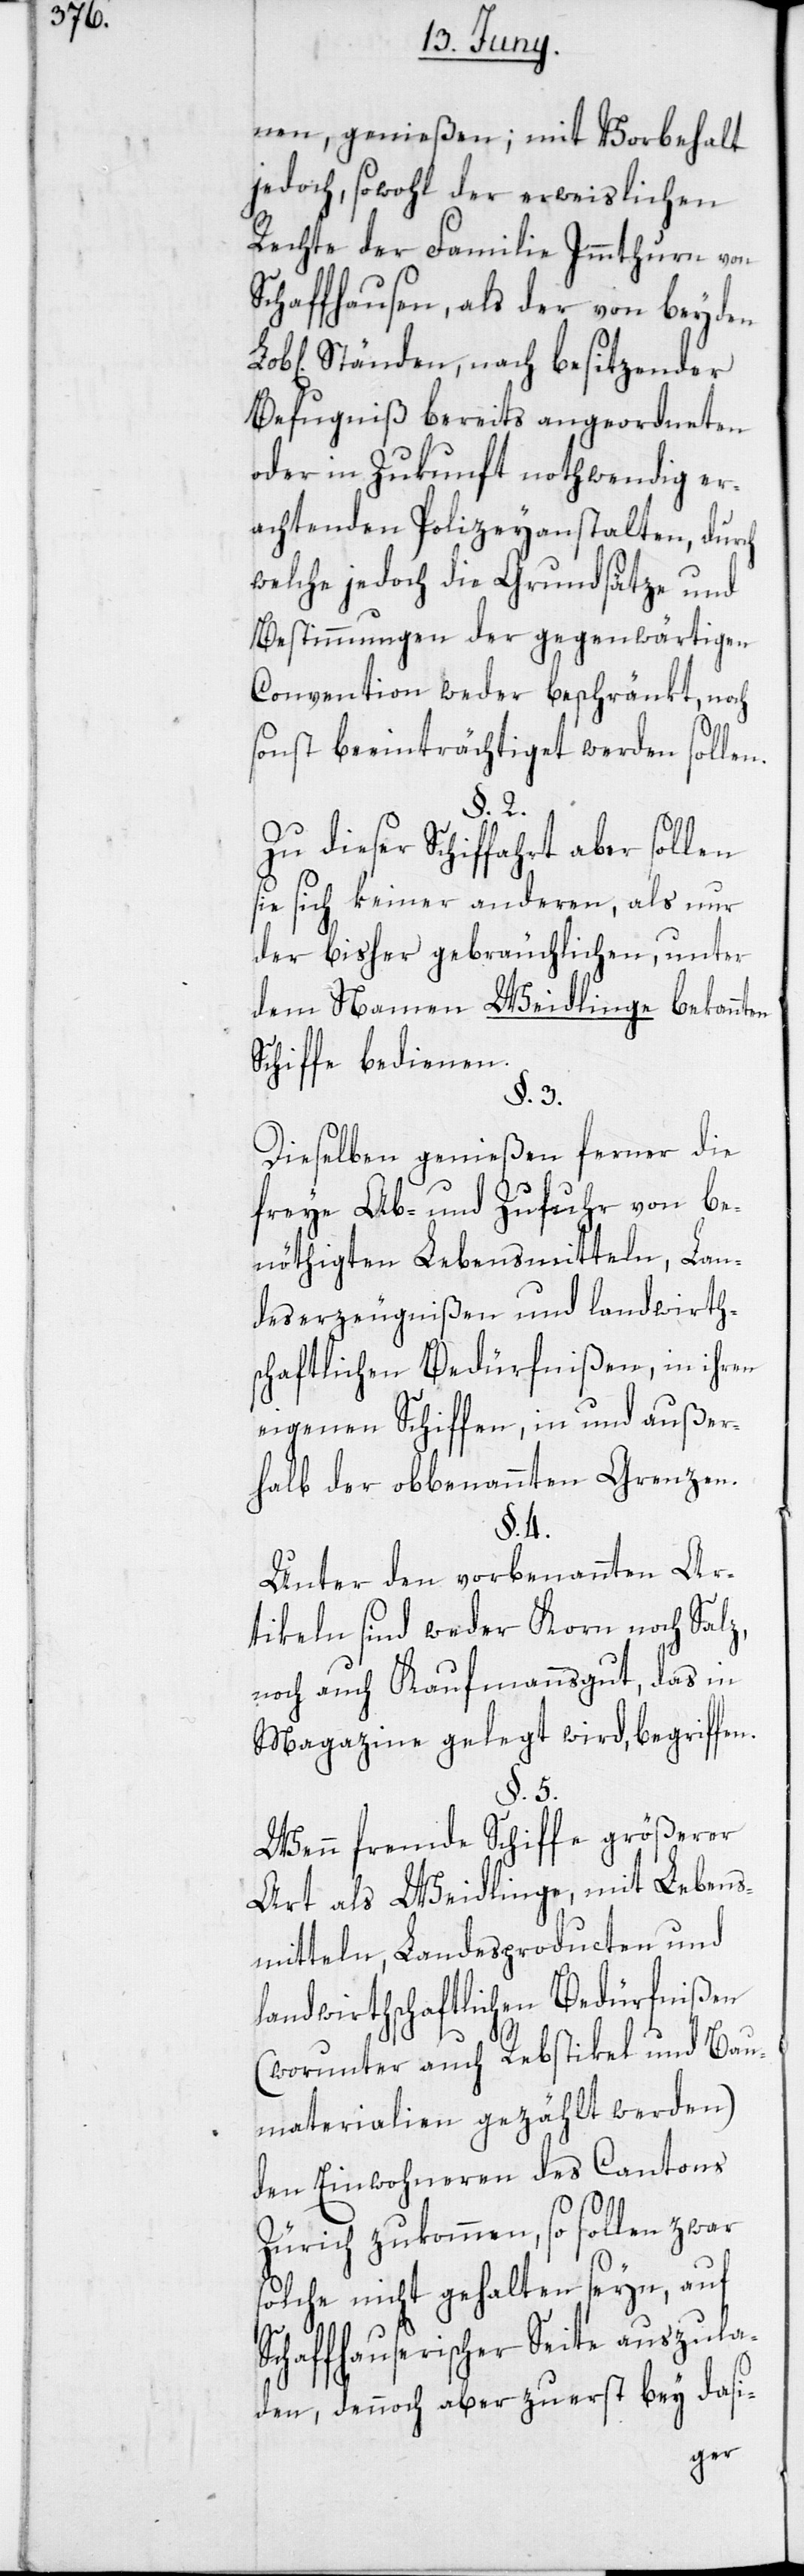
nen, genießen; mit Vorbehalt
jedoch, sowohl der erweislichen
Rechte der Familie Immthurn von
Schaffhausen, als der von beyden
Ständen, nach besitzender
Befugniß bereits angeordneten
oder in Zukunft nothwendig er¬
achtenden Polizeyanstalten, durch
welche jedoch die Grundsätze und
Bestimmungen der gegenwärtigen
Convention weder beschränkt, noch
sonst beeinträchtiget werden sollen.
§. 2.
Zu dieser Schiffahrt aber sollen
sie sich keiner anderen, als nur
der bisher gebräuchlichen, unter
dem Namen Weidlinge bekannten
Schiffe bedienen.
§. 3.
Dieselben genießen ferner die
freye Ab- und Zufuhr von be¬
nöthigten Lebensmitteln, Lan¬
deserzeugnißen und landwirth¬
schaftlichen Bedürfnißen, in ihren
eigenen Schiffen, in und außer¬
halb der obbenannten Grenzen.
§. 4.
Unter den vorbenannten Ar¬
tikeln sind weder Korn noch Salz,
noch auch Kaufmannsgut, das in
Magazine gelegt wird, begriffen.
§. 5.
Wenn fremde Schiffe größerer
Art als Weidlinge, mit Lebens¬
mitteln, Landesproducten und
landwirthschaftlichen Bedürfnißen
(worunter auch Rebstikel und Bau¬
materialien gezählt werden)
den Einwohneren des Cantons
Zürich zukommen, so sollen zwar
solche nicht gehalten seyn, auf
Schaffhauserischer Seite auszula¬
den, dennoch aber zuerst bey dasi-